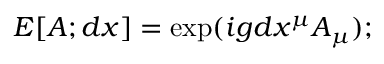
E [ A ; d x ] = \exp ( i g d x ^ { \mu } A _ { \mu } ) ;